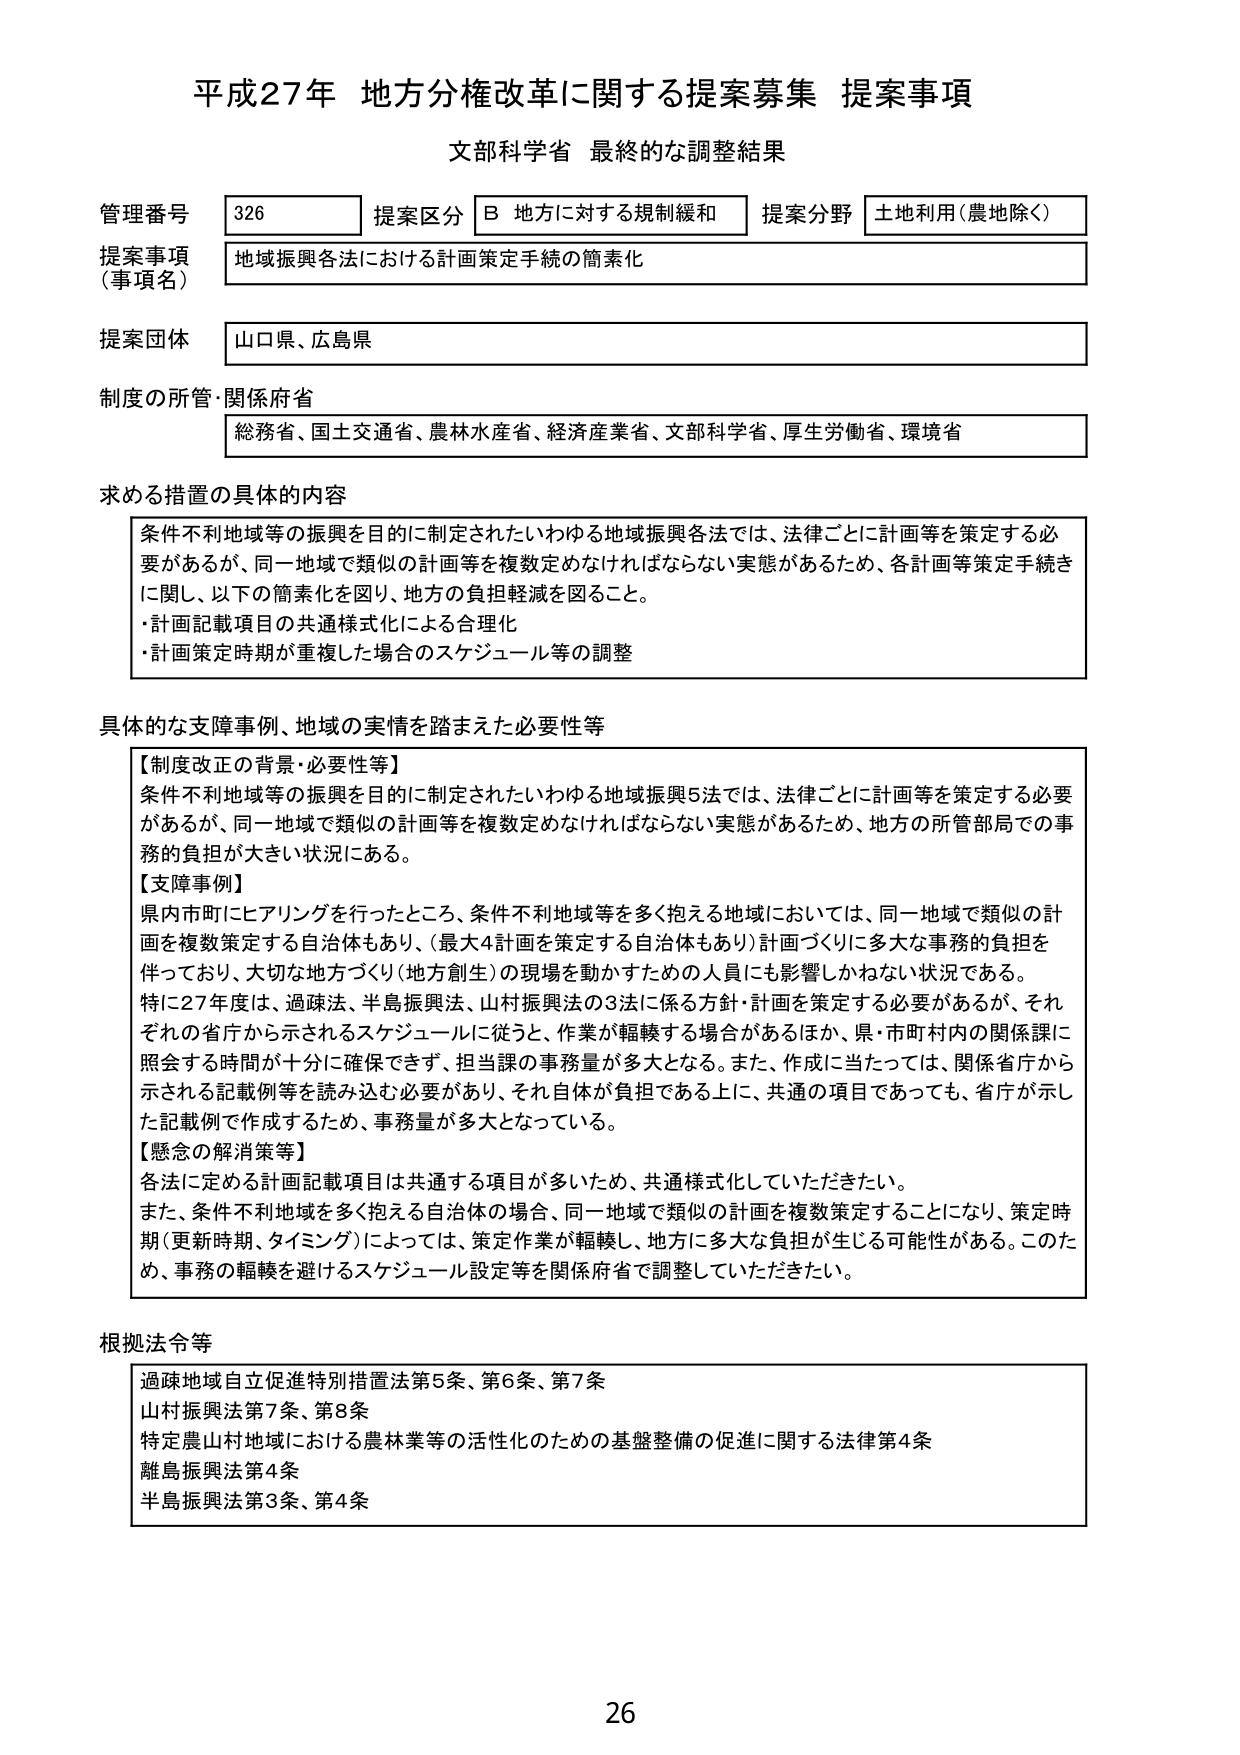
平成27年 地方分権改革に関する提案募集 提案事項
文部科学省 最終的な調整結果

管理番号 326
提案区分 B 地方に対する規制緩和
提案分野 土地利用（農地除く）

提案事項（事項名） 地域振興各法における計画策定手続の簡素化

提案団体 山口県、広島県

制度の所管・関係府省 総務省、国土交通省、農林水産省、経済産業省、文部科学省、厚生労働省、環境省

求める措置の具体的内容
条件不利地域等の振興を目的に制定されたいわゆる地域振興各法では、法律ごとに計画等を策定する必要があるが、同一地域で類似の計画等を複数定めなければならない実態があるため、各計画等策定手続きに関し、以下の簡素化を図り、地方の負担軽減を図ること。
・計画記載項目の共通様式化による合理化
・計画策定時期が重複した場合のスケジュール等の調整

具体的な支援事例、地域の実情を踏まえた必要性等
【制度改正の背景・必要性等】
条件不利地域等の振興を目的に制定されたいわゆる地域振興5法では、法律ごとに計画等を策定する必要があるが、同一地域で類似の計画等を複数定めなければならない実態があるため、地方の所管部局での事務の負担が大きい状況にある。
【支援事例】
県内市町にヒアリングを行ったところ、条件不利地域等を多く抱える地域においては、同一地域で類似の計画を複数策定する自治体もあり、（最大4計画を策定する自治体もあり）計画づくりに多大な事務的負担を伴っており、大切な地方づくり（地方創生）の現場を動かすための人員にも影響しかねない状況である。
特に27年度は、過疎法、半島振興法、山村振興法の3法に係る方針・計画を策定する必要があるが、それぞれの省庁から示されるスケジュールに従うと、作業が転轍する場合があるほか、県・市町村内の関係課に照会する時間が十分に確保できず、担当課の事務量が多大となる。また、作成に当たっては、関係省庁から示される記載例等を読み込む必要があり、それ自体が負担である上に、共通の項目であっても、省庁が示した記載例で作成するため、事務量が多大となっている。
【懸念の解消策等】
各法に定める計画記載項目は共通する項目が多いため、共通様式化していただきたい。
また、条件不利地域を多く抱える自治体の場合、同一地域で類似の計画を複数策定することになり、策定時期（更新時期、タイミング）によっては、策定作業が転轍し、地方に多大な負担が生じる可能性がある。このため、事務の転轍を避けるスケジュール設定等を関係府省で調整していただきたい。

根拠法令等
過疎地域自立促進特別措置法第5条、第6条、第7条
山村振興法第7条、第8条
特定農山村地域における農林業等の活性化のための基盤整備の促進に関する法律第4条
離島振興法第4条
半島振興法第3条、第4条

26